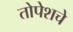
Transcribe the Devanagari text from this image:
तोपेशचे